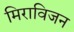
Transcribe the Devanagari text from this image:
मिराविजन